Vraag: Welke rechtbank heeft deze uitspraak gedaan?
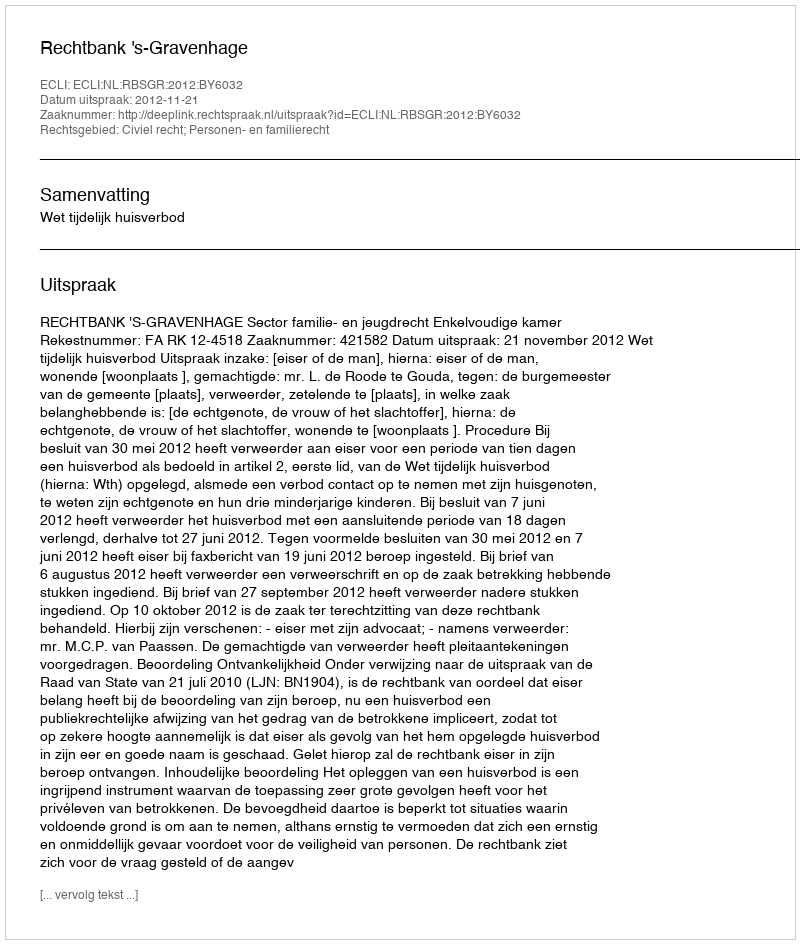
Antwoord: Rechtbank 's-Gravenhage